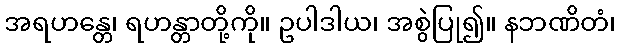
အရဟန္တေ၊ ရဟန္တာတို့ကို။ ဥပါဒါယ၊ အစွဲပြု၍။ နဘဏိတံ၊